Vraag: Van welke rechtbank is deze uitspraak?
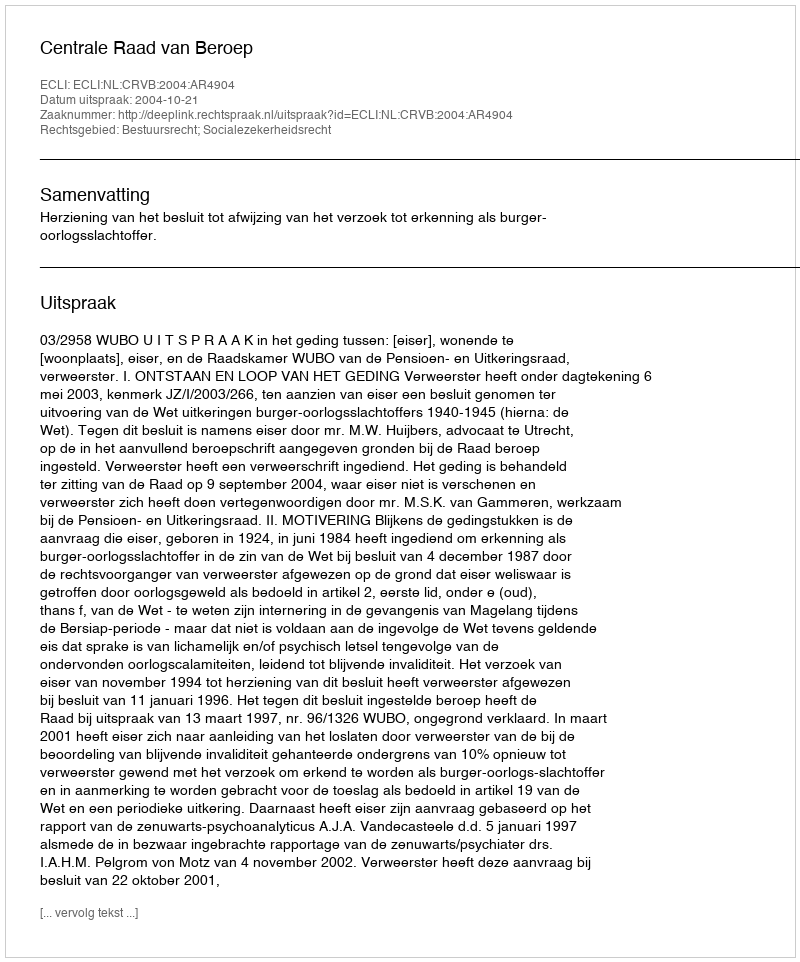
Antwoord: Centrale Raad van Beroep